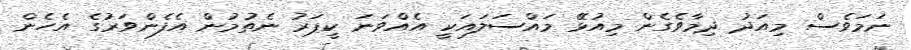
ނަމަވެސް މިއަދު ދިމާވެގެން މިއުޅޭ މައްސަލައަކީ އެއްވަނަ ކީޕަރު ނެތުމުން އެފެންވަރުގެ އެހެން